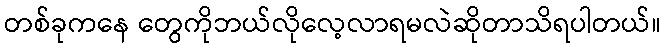
တစ်ခုကနေ တွေကိုဘယ်လိုလေ့လာရမလဲဆိုတာသိရပါတယ်။